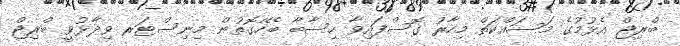
ބްރިޖް އެޅުމުގެ މަސައްކަތް މިހާރު ގޮސްފައިވާ ހިސާބާ ބެހޭގޮތުން މިނިސްޓަރ ވިދާޅުވީ ބްރިޖް